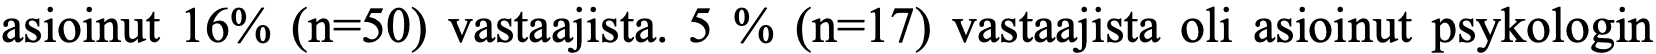
asioinut 16% (n=50) vastaajista. 5 % (n=17) vastaajista oli asioinut psykologin